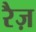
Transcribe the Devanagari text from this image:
रैज़